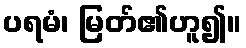
ပရမံ၊ မြတ်၏ဟူ၍။